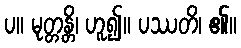
ပ။ မုတ္တန္တိ၊ ဟူ၍။ ပဿတိ၊ ၏။